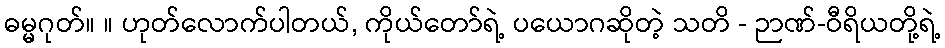
ဓမ္မဂုတ်။ ။ ဟုတ်လောက်ပါတယ်, ကိုယ်တော်ရဲ့ ပယောဂဆိုတဲ့ သတိ - ဉာဏ်-ဝီရိယတို့ရဲ့